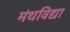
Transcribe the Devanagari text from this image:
मंथविद्या